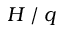
H ⁄ q